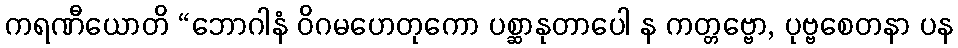
ကရဏီယောတိ “ဘောဂါနံ ဝိဂမဟေတုကော ပစ္ဆာနုတာပေါ န ကတ္တဗ္ဗော, ပုဗ္ဗစေတနာ ပန